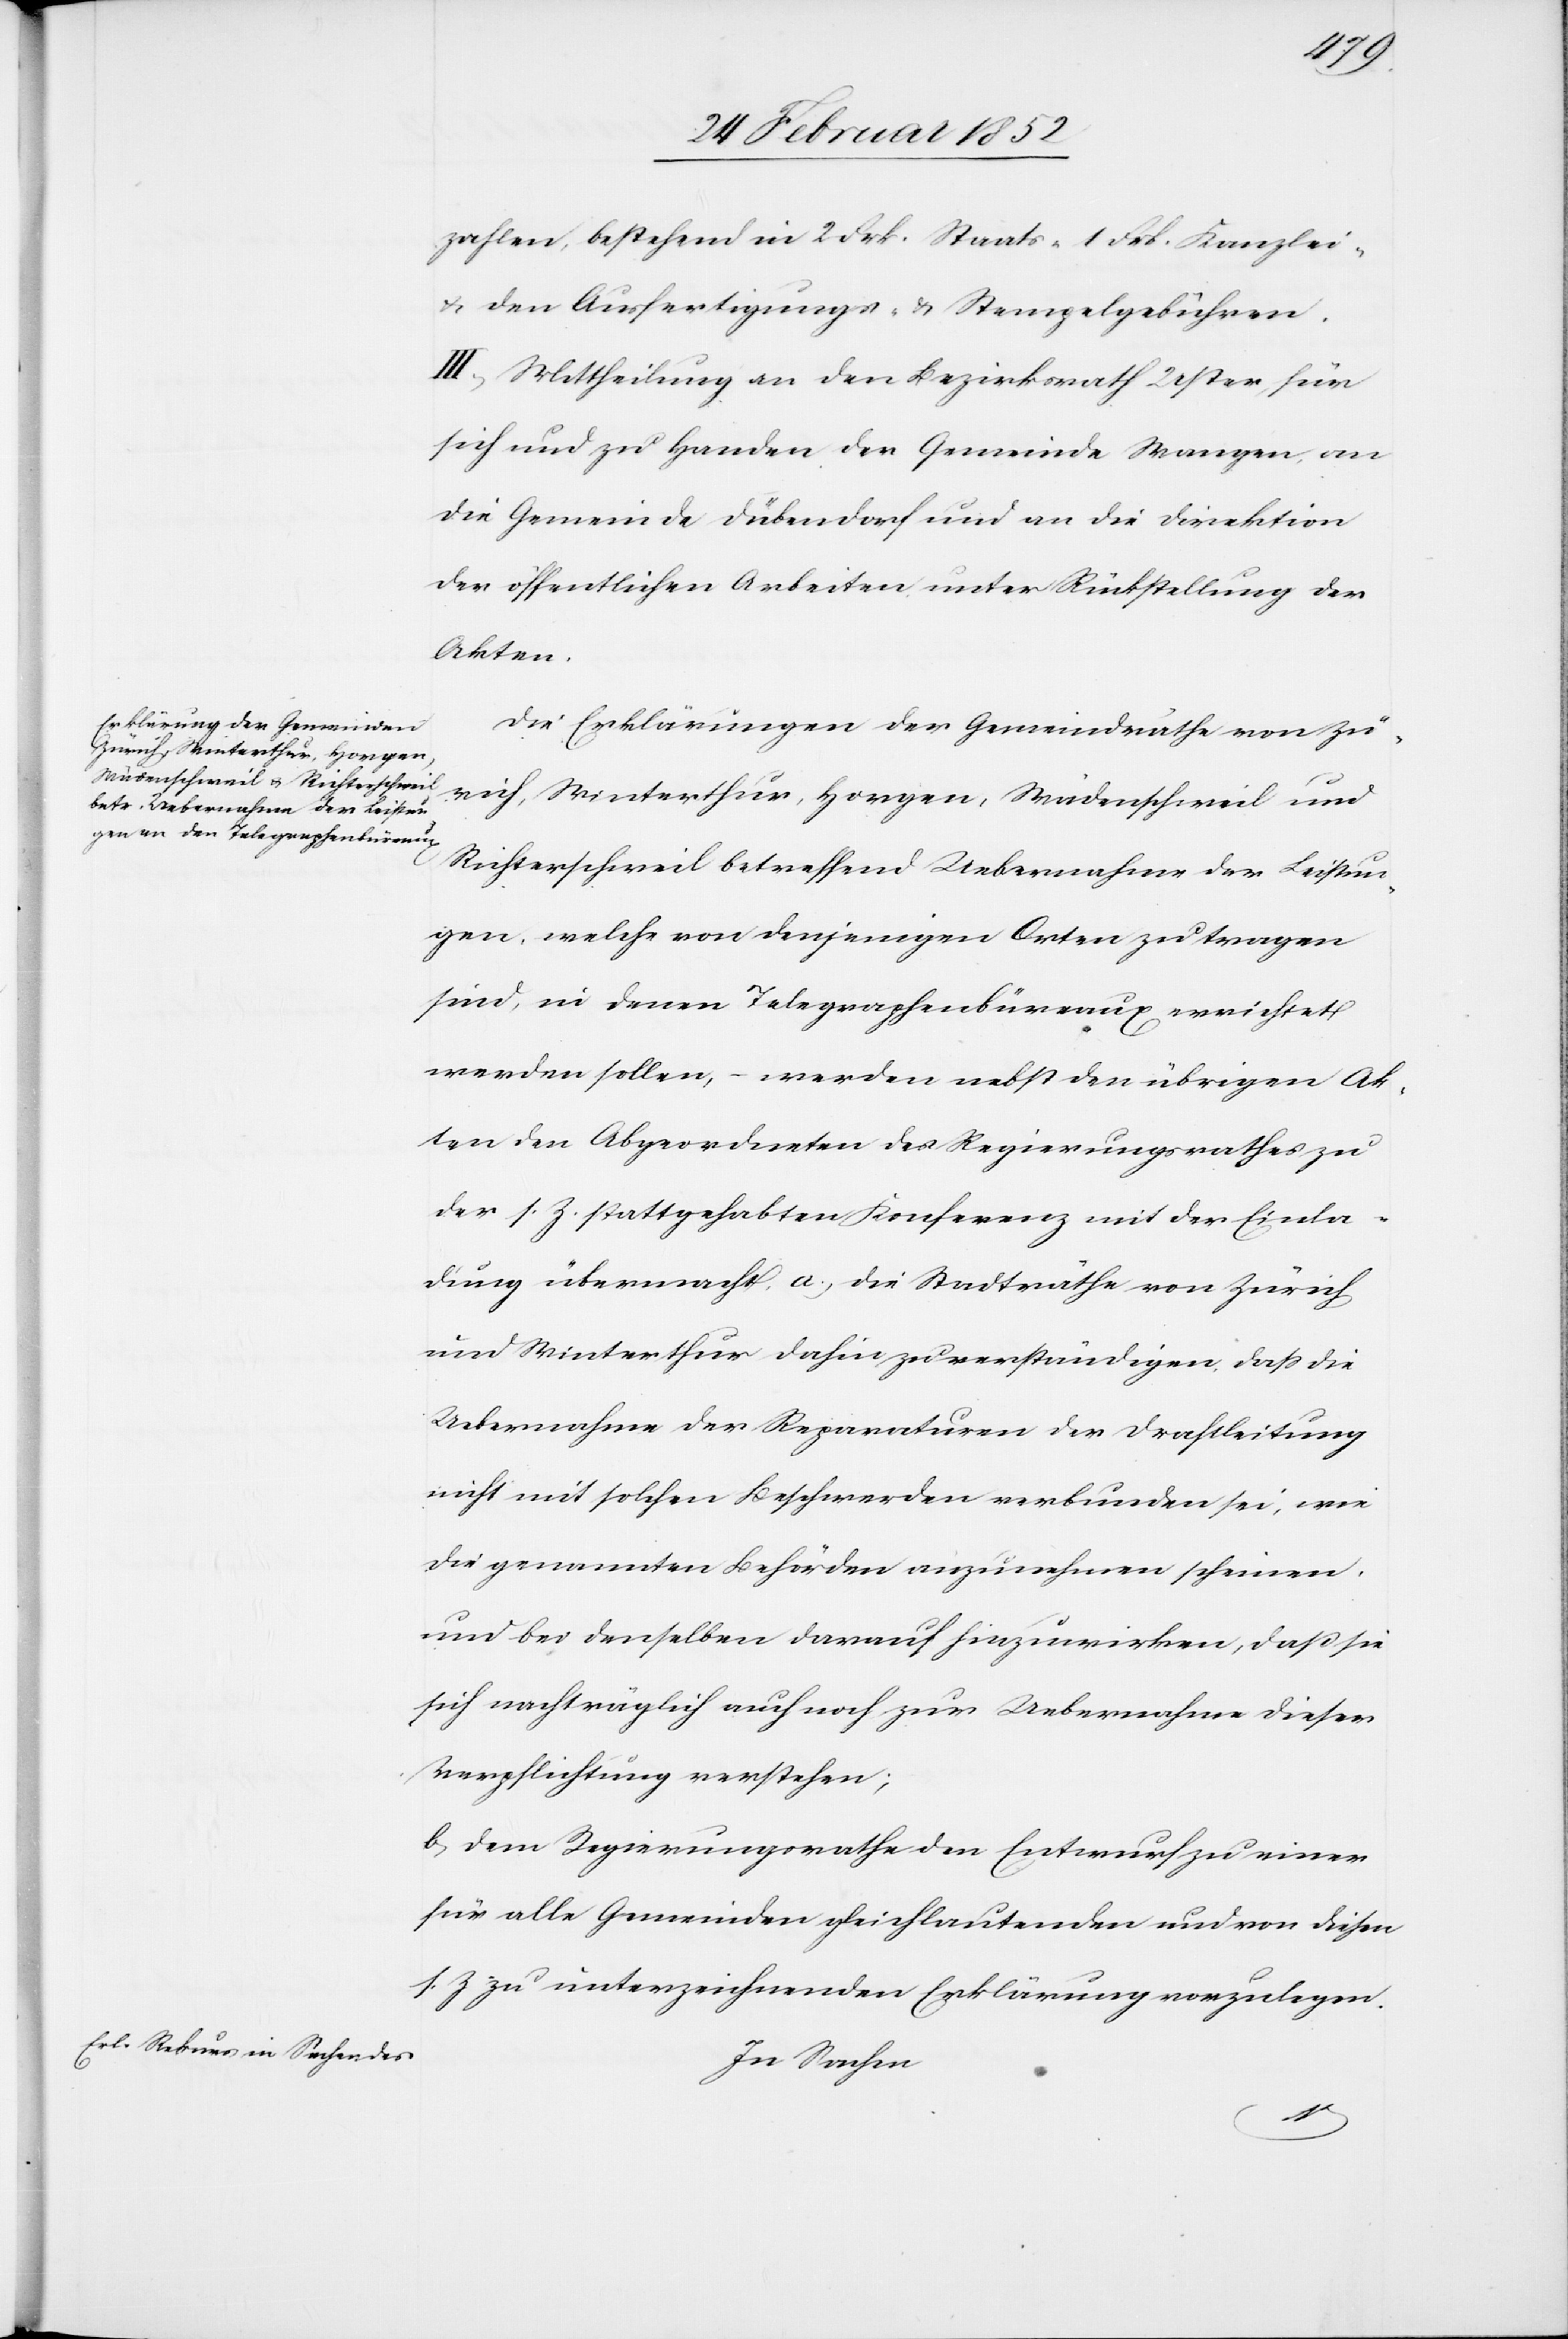
zahlen, bestehen in 2 Frk. Staats- 1 Frk. Kanzlei-
u. den Ausfertigungs- u. Stempelgebühren.
III.) Mittheilung an den Bezirksrath Uster für
sich und zu Handen der Gemeinde Wangen an
die Gemeinde Dübendorf und an die Direktion
der öffentlichen Arbeiten unter Rückstellung der
Akten.
Die Erklärungen der Gemeindräthe von Zü¬
rich, Winterthur, Horgen, Wädenschweil und
Richterschweil betreffend Uebernahme der Leistun¬
gen, welche von denjenigen Orten zu tragen
sind, in denen Telegraphenbüreaux errichtet
werden sollen, – werden nebst den übrigen Ak¬
ten den Abgeordneten des Regierungsrathes zu
der s. Z. stattgehabten Konferenz mit der Einla¬
dung übermacht, a.) die Stadträthe von Zürich
und Winterthur dahin zu verständigen, daß die
Uebernahme der Reparaturen der Drahtleitung
nicht mit solchen Beschwerden verbunden sei, wie
die genannten Behörden anzunehmen scheinen
und bei denselben darauf hinzuwirken, daß sie
sich nachträglich auch noch zur Uebernahme dieser
Verpflichtung verstehen;
b) Dem Regierungsrathe den Entwurf zu einer
für alle Gemeinden gleichlautenden und von diesen
s. Z zu unterzeichnenden Erklärung vorzulegen.
In Sachen